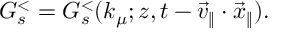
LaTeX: G _ { s } ^ { < } = G _ { s } ^ { < } ( k _ { \mu } ; z , t - \vec { v } _ { \| } \cdot \vec { x } _ { \| } ) .